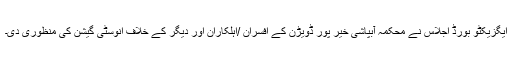
ایگزیکٹو بورڈ اجلاس نے محکمہ آبپاشی خیر پور ڈویڑن کے افسران /اہلکاران اور دیگر کے خلاف انوسٹی گیشن کی منظوری دی۔